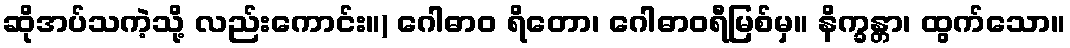
ဆိုအပ်သကဲ့သို့ လည်းကောင်း။) ဂေါဓာဝ ရိတော၊ ဂေါဓာဝရီမြစ်မှ။ နိက္ခန္တာ၊ ထွက်သော။